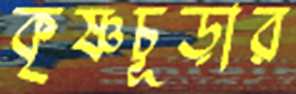
কৃষ্ণচূড়ার